Medical and sanitary report of the native army of Bengal for the year
Year: 1878
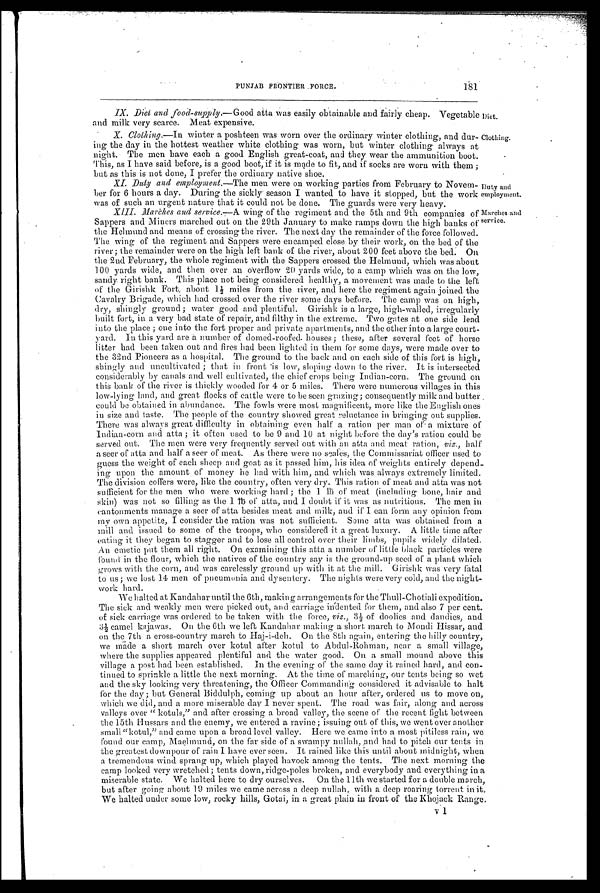
Diet.
Clothing.
Duty and
employment.
Marches and
service.
PUNJAB FRONTIER FORCE.
181
IX. Diet and food-supply.— Good atta was easily obtainable and fairly cheap. Vegetable
and milk very scarce. Meat expensive.
X. Clothing.— In winter a poshteen was worn over the ordinary winter clothing, and dur
-
ing the day in the hottest weather white clothing was worn, but winter clothing always at
night. The men have each a good English great-coat, and they wear the ammunition boot.
This, as I have said before, is a good boot, if it is made to fit, and if socks are worn with them ;
but as this is not done, I prefer the ordinary native shoe.
XI. Duty and employment.— The men were on working parties from February to Novem-
b e r
for 6 hours a day. During the sickly season I wanted to have it stopped, but the work
was of such an urgent nature that it could not be done. The guards were very heavy.
XII. Marches and service.— A wing of the regiment and the 5th and 9th companies of
Sappers and Miners marched out on the 29th January to make ramps down the high banks of
the Helmund and means of crossing the river. The next day the remainder of the force followed.
The wing of the regiment and Sappers were encamped close by their work, on the bed of the
river; the remainder were on the high left bank of the river, about 200 feet above the bed. On
the 2nd February, the whole regiment with the Sappers crossed the Helmund, which was about
100 yards wide, and then over an overflow 20 yards wide, to a camp which was on the low,
sandy right bank. This place not being considered healthy, a movement was made to the left
of the Girishk Fort, about 1½ miles from the river, and here the regiment again joined. the
Cavalry Brigade, which had crossed over the river some days before. The camp was on high,
dry, shingly ground; water good and plentiful. Girishk is a large, high-walled, irregularly
built fort, in a very bad state of repair, and filthy in the extreme. Two gates at one side lead
into the place ; one into the fort proper and private apartments, and the other into a large court
-
yard. In this yard are a number of domed-roofed houses; these, after several feet of horse
litter had been taken out and fires had been lighted in them for some days, were made over to
the 32nd Pioneers as a hospital. The ground to the back and on each side of this fort is high,
shingly and uncultivated ; that in front is low, sloping down to the river. It is intersected
considerably by canals and well cultivated, the chief crops being Indian-corn. The ground on
this bank of the river is thickly wooded for 4 or 5 miles. There were numerous villages in this
low-lying land, and great flocks of cattle were to be seen grazing; consequently milk and butter
could be obtained in abundance. The fowls were most magnificent, more like the English ones
in size and taste. The people of the country showed great reluctance in bringing out supplies.
There was always great difficulty in obtaining even half a ration per man of a mixture of
Indian-corn and atta ; it often used to be 9 and 10 at night before the day's ration could be
served out. The men were very frequently served out with an atta and meat ration, viz., half
a seer of atta and half a seer of meat. As there were no scales, the Commissariat officer used to
guess the weight of each sheep and goat as it passed him, his idea of weights entirely depend
-
ing upon the amount of money he had with him, and which was always extremely limited.
The division coffers were, like the country, often very dry. This ration of meat and atta was not
sufficient for the men who were working hard ; the 1 lb of meat (including bone, hair and
skin) was not so filling as the 1 Њ of atta, and I doubt if it was as nutritious. The men in
cantonments manage a seer of atta besides meat and milk, and if I can form any opinion from
my own appetite, I consider the ration was not sufficient. Some atta was obtained from a
mill and issued to some of the troops, who considered it a great luxury. A little time after
eating it they began to stagger and to lose all control over their limbs, pupils widely dilated.
An emetic put them all right. On examining this atta a number of little black particles were
found in the flour, which the natives of the country say is the ground-up seed of a plant which
grows with the corn, and was carelessly ground up with it at the mill. Girishk was very fatal
to us ; we lost 14 men of pneumonia and dysentery. The nights were very cold, and the night
-
work hard.
We halted at Kandahar until the 6th, making arrangements for the Thull-Chotiali expedition.
The sick and weakly men were picked out, and carriage indented for them, and also 7 per cent.
of sick carriage was ordered to be taken with the force, viz., 3½ of doolies and dandies, and
3½ camel kajawas. On the 6th we left Kandahar making a short march to Mondi Hissar, and
on the 7th a cross-country march to Haj-i-deh. On the 8th again, entering the hilly country,
we made a short march over kotul after kotul to Abdul-Rohman, near a small village,
where the supplies appeared plentiful and the water good. On a small mound above this
village a post had been established. In the evening of the same day it rained hard, and con
-
tinued to sprinkle a little the next morning. At the time of marching, our tents being so wet
and the sky looking very threatening, the Officer Commanding considered it advisable to halt
for the day; but General Biddulph, coming up about an hour after, ordered us to move on,
which we did, and a more miserable clay I never spent. The road was fair, along and across
valleys over "kotuls," and after crossing a broad valley, the scene of the recent fight between
the 15th Hussars and the enemy, we entered a ravine; issuing out of this, we went over another
small "kotul," and came upon a broad level valley. Here we came into a most pitiless rain, we
found our camp, Maelmund, on the far side of a swampy nullah, and had to pitch our tents in
the greatest downpour of rain I have ever seen. It rained like this until about midnight, when
a tremendous wind sprang up, which played havock among the tents. The next morning the
camp looked very wretched; tents down, ridge-poles broken, and everybody and everything in a
miserable state. We halted here to dry ourselves. On the 11th we started for a double march,
but after going about 19 miles we came across a deep nullah, with a deep roaring torrent in it.
We halted under some low, rocky hills, Gotai, in a great plain in front of the Khojack Range.
v 1